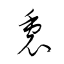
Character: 裏